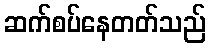
ဆက်စပ်နေတတ်သည်